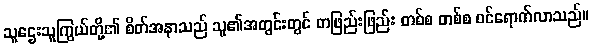
သူဌေးသူကြွယ်တို့၏ စိတ်အနာသည် သူ၏အတွင်းတွင် တဖြည်းဖြည်း တစ်စ တစ်စ ဝင်ရောက်လာသည်။